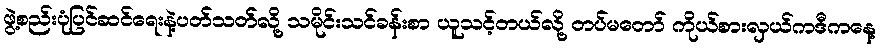
ဖွဲ့စည်းပုံပြင်ဆင်ရေးနဲ့ပတ်သတ်လို့ သမိုင်းသင်ခန်းစာ ယူသင့်တယ်လို့ တပ်မတော် ကိုယ်စားလှယ်ကဒီကနေ့